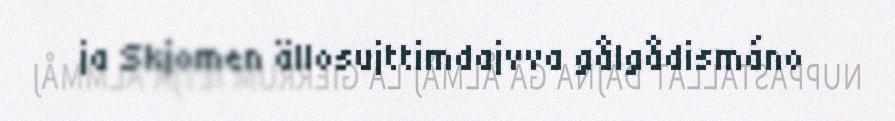
ja Skjomen ällosujttimdajvva gålgådismáno